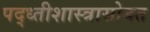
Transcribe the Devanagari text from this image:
पद्ध्तीशास्त्रासोबत